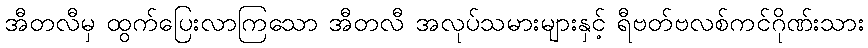
အီတလီမှ ထွက်ပြေးလာကြသော အီတလီ အလုပ်သမားများနှင့် ရီဗတ်ဗလစ်ကင်ဂိုဏ်းသား